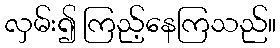
လှမ်း၍ ကြည့်နေကြသည်။